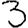
Digit: 3